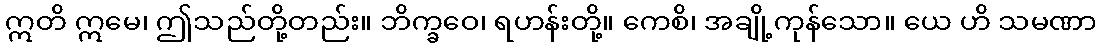
ဣတိ ဣမေ၊ ဤသည်တို့တည်း။ ဘိက္ခဝေ၊ ရဟန်းတို့။ ကေစိ၊ အချို့ကုန်သော။ ယေ ဟိ သမဏာ